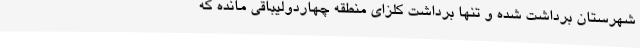
شهرستان برداشت شده و تنها برداشت کلزای منطقه چهاردولیباقی مانده که